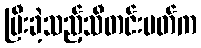
ပြီးခဲ့သည့်သီတင်းပတ်က